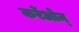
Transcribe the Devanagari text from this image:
कर्रेओन्